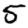
Digit: 5